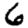
Digit: 6